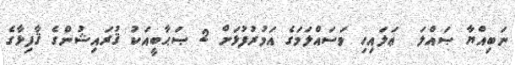
ނަބިއްޔާ ޞައްލަ  ޢަލައިހި ވަސައްލަމަގެ އަމުރުފުޅަށް 2 ޞަޙާބީއަކު ޤުރައިޝުންގެ ޤާފިޅާގެ